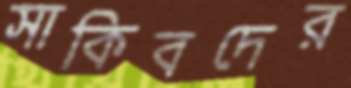
সাকিবদের